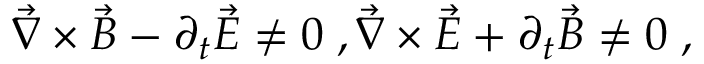
\vec { \nabla } \times \vec { B } - \partial _ { t } \vec { E } \neq 0 \; , \vec { \nabla } \times \vec { E } + \partial _ { t } \vec { B } \neq 0 \; ,